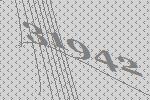
31942